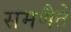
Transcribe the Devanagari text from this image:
समणैते